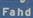
fahd